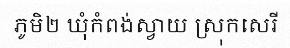
ភូមិ២ ឃុំកំពង់ស្វាយ ស្រុកសេរី